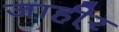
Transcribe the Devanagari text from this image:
जाही्र